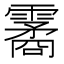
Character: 霱